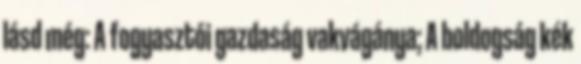
lásd még: A fogyasztói gazdaság vakvágánya; A boldogság kék